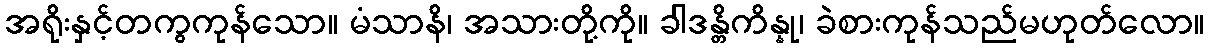
အရိုးနှင့်တကွကုန်သော။ မံသာနိ၊ အသားတို့ကို။ ခါဒန္တိကိန္နု၊ ခဲစားကုန်သည်မဟုတ်လော။